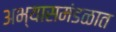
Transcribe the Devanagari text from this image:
अभ्यासमंडळात